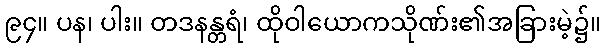
၉၄။ ပန၊ ပါး။ တဒနန္တရံ၊ ထိုဝါယောကသိုဏ်း၏အခြားမဲ့၌။